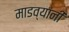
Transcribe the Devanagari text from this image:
माडव्यांनी